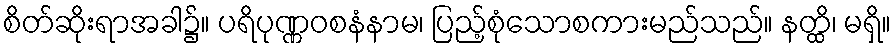
စိတ်ဆိုးရာအခါ၌။ ပရိပုဏ္ဏဝစနံနာမ၊ ပြည့်စုံသောစကားမည်သည်။ နတ္ထိ၊ မရှိ။